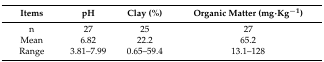
<table><thead><tr><td><b>Items</b></td><td><b>pH</b></td><td><b>Clay (%)</b></td><td><b>Organic Matter (mg·Kg<sup>−1</sup>)</b></td></tr></thead><tbody><tr><td>n</td><td>27</td><td>25</td><td>27</td></tr><tr><td>Mean</td><td>6.82</td><td>22.2</td><td>65.2</td></tr><tr><td>Range</td><td>3.81–7.99</td><td>0.65–59.4</td><td>13.1–128</td></tr></tbody></table>